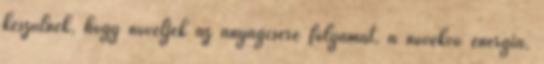
készülnek, hogy növeljék az anyagcsere folyamat, a növekvő energia,